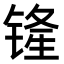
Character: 𫟾